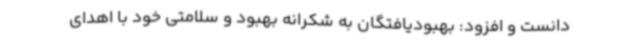
دانست و افزود: بهبودیافتگان به شکرانه بهبود و سلامتی خود با اهدای